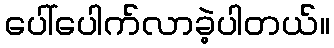
ပေါ်ပေါက်လာခဲ့ပါတယ်။